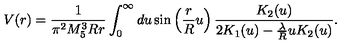
V ( r ) = \frac { 1 } { \pi ^ { 2 } M _ { 5 } ^ { 3 } R r } \int _ { 0 } ^ { \infty } d u \sin \left( \frac { r } { R } u \right) \frac { K _ { 2 } ( u ) } { 2 K _ { 1 } ( u ) - \frac { \lambda } { R } u K _ { 2 } ( u ) } .